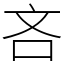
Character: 吝